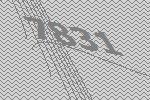
7831